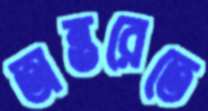
অন্তরেতে